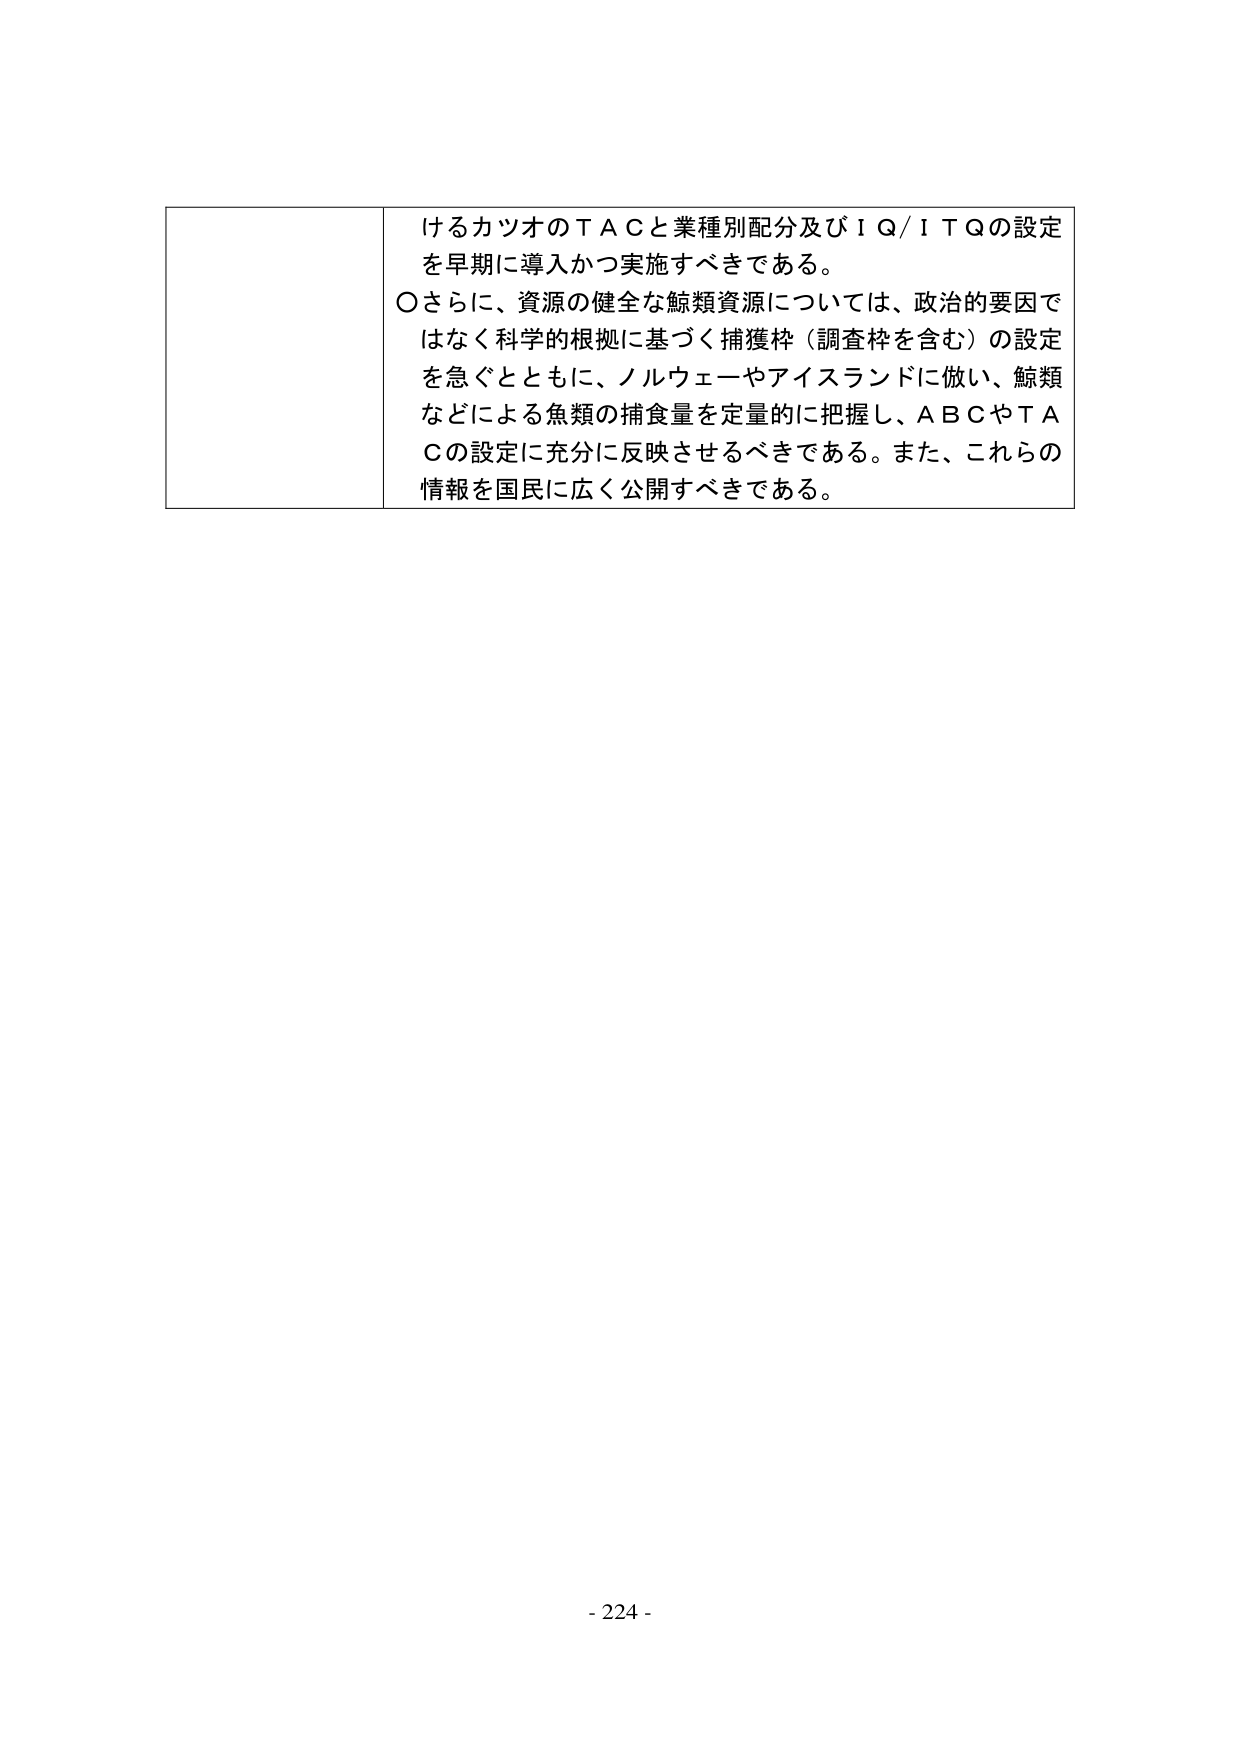
けるカツオのＴＡＣと業種別配分及びＩＱ／ＩＴＱの設定
を早期に導入かつ実施すべきである。
〇さらに、資源の健全な鯨類資源については、政治的要因で
はなく科学的根拠に基づく捕獲枠（調査枠を含む）の設定
を急ぐとともに、ノルウェーやアイスランドに倣い、鯨類
などによる魚類の捕食量を定量的に把握し、ＡＢＣやＴＡ
Ｃの設定に充分に反映させるべきである。また、これらの
情報を国民に広く公開すべきである。
- 224 -